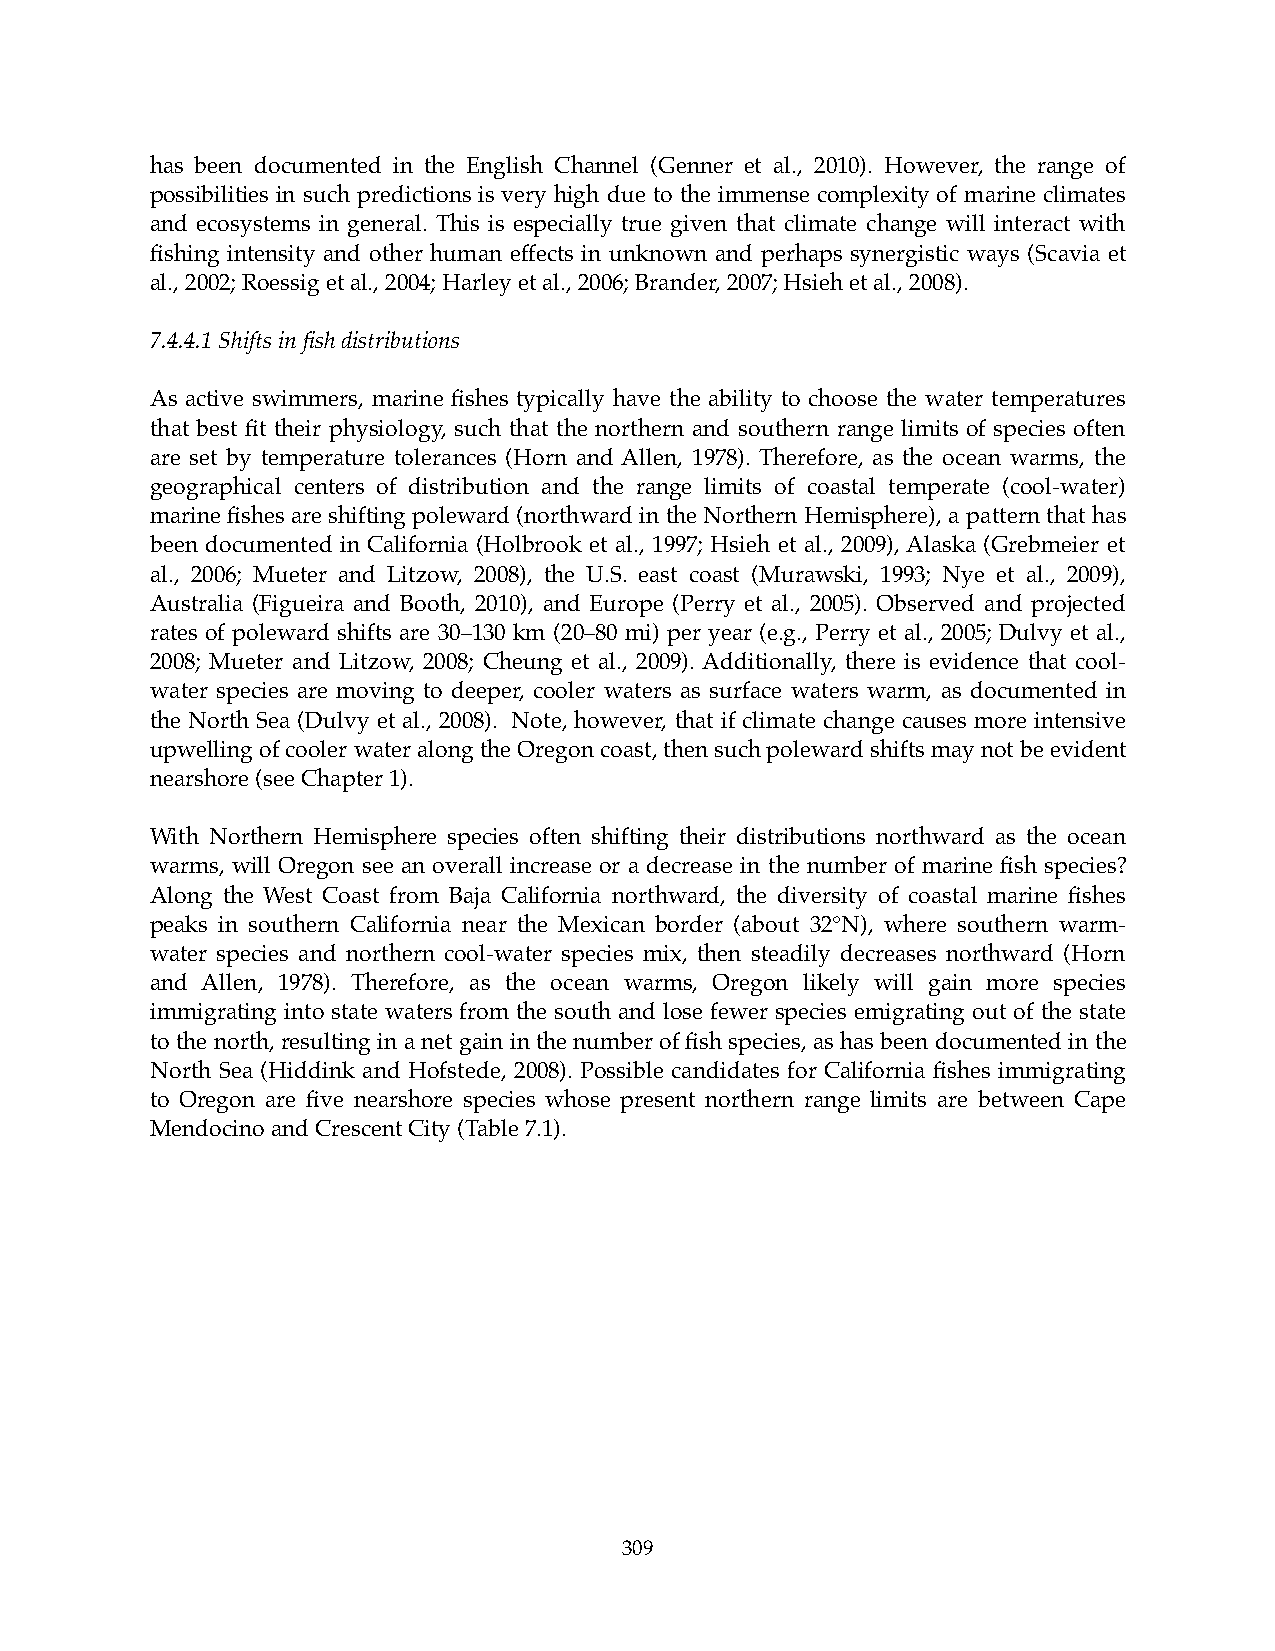
has been documented in the English Channel (Genner et al., 2010). However, the range of
 possibilities in such predictions is very high due to the immense complexity of marine climates
 and ecosystems in general. This is especially true given that climate change will interact with
 fishing intensity and other human effects in unknown and perhaps synergistic ways (Scavia et
 al., 2002; Roessig et al., 2004; Harley et al., 2006; Brander, 2007; Hsieh et al., 2008).
 7.4.4.1 Shifts in fish distributions
 As active swimmers, marine fishes typically have the ability to choose the water temperatures
 that best fit their physiology, such that the northern and southern range limits of species often
 are set by temperature tolerances (Horn and Allen, 1978). Therefore, as the ocean warms, the
 geographical centers of distribution and the range limits of coastal temperate (cool-water)
 marine fishes are shifting poleward (northward in the Northern Hemisphere), a pattern that has
 been documented in California (Holbrook et al., 1997; Hsieh et al., 2009), Alaska (Grebmeier et
 al., 2006; Mueter and Litzow, 2008), the U.S. east coast (Murawski, 1993; Nye et al., 2009),
 Australia (Figueira and Booth, 2010), and Europe (Perry et al., 2005). Observed and projected
 rates of poleward shifts are 30–130 km (20–80 mi) per year (e.g., Perry et al., 2005; Dulvy et al.,
 2008; Mueter and Litzow, 2008; Cheung et al., 2009). Additionally, there is evidence that cool-
 water species are moving to deeper, cooler waters as surface waters warm, as documented in
 the North Sea (Dulvy et al., 2008). Note, however, that if climate change causes more intensive
 upwelling of cooler water along the Oregon coast, then such poleward shifts may not be evident
 nearshore (see Chapter 1).
 With Northern Hemisphere species often shifting their distributions northward as the ocean
 warms, will Oregon see an overall increase or a decrease in the number of marine fish species?
 Along the West Coast from Baja California northward, the diversity of coastal marine fishes
 peaks in southern California near the Mexican border (about 32°N), where southern warm-
 water species and northern cool-water species mix, then steadily decreases northward (Horn
 and Allen, 1978). Therefore, as the ocean warms, Oregon likely will gain more species
 immigrating into state waters from the south and lose fewer species emigrating out of the state
 to the north, resulting in a net gain in the number of fish species, as has been documented in the
 North Sea (Hiddink and Hofstede, 2008). Possible candidates for California fishes immigrating
 to Oregon are five nearshore species whose present northern range limits are between Cape
 Mendocino and Crescent City (Table 7.1).
 309